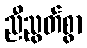
ညီညွတ်စွာ